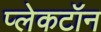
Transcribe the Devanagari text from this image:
प्लेकटॉन